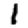
Digit: 1